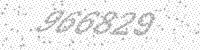
Solution: 966829